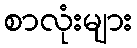
စာလုံးများ